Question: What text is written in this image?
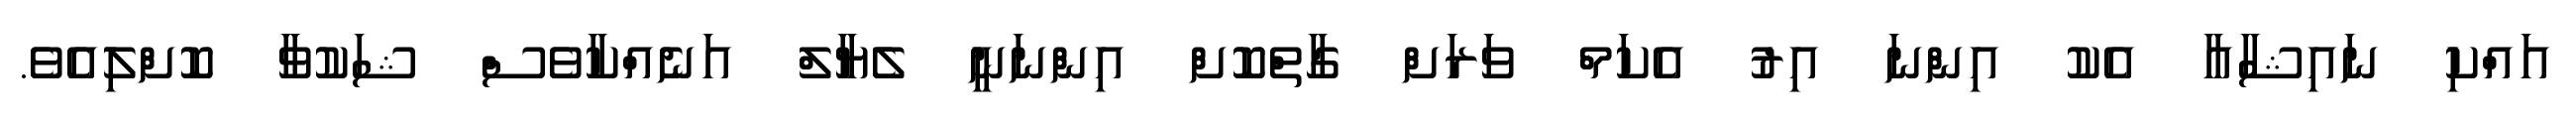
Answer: އައްކި ނައިޝާއާ އެކު އިންނަ އިރު އެކަމް ވަރަށް ގާތްކޮށް އިންނަނީ ލެޔާލް އަނެއްކާވެސް ޝަކުވާ ކޮށްލިއެވެ.